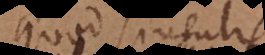
quod singulis